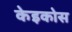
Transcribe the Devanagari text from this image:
केइकोस